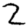
Digit: 2